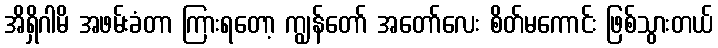
အိရှိဂါမိ အဖမ်းခံတာ ကြားရတော့ ကျွန်တော် အတော်လေး စိတ်မကောင်း ဖြစ်သွားတယ်